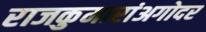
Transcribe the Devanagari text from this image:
राजकुमारांअगोदर